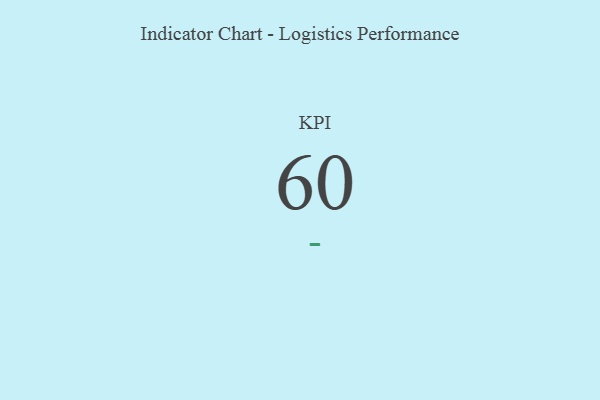
{"axis": {"x": "KPI", "y": "Value"}, "legend": [""], "data": [{"x": "KPI", "y": 60, "type": ""}]}